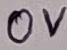
Text: 0V